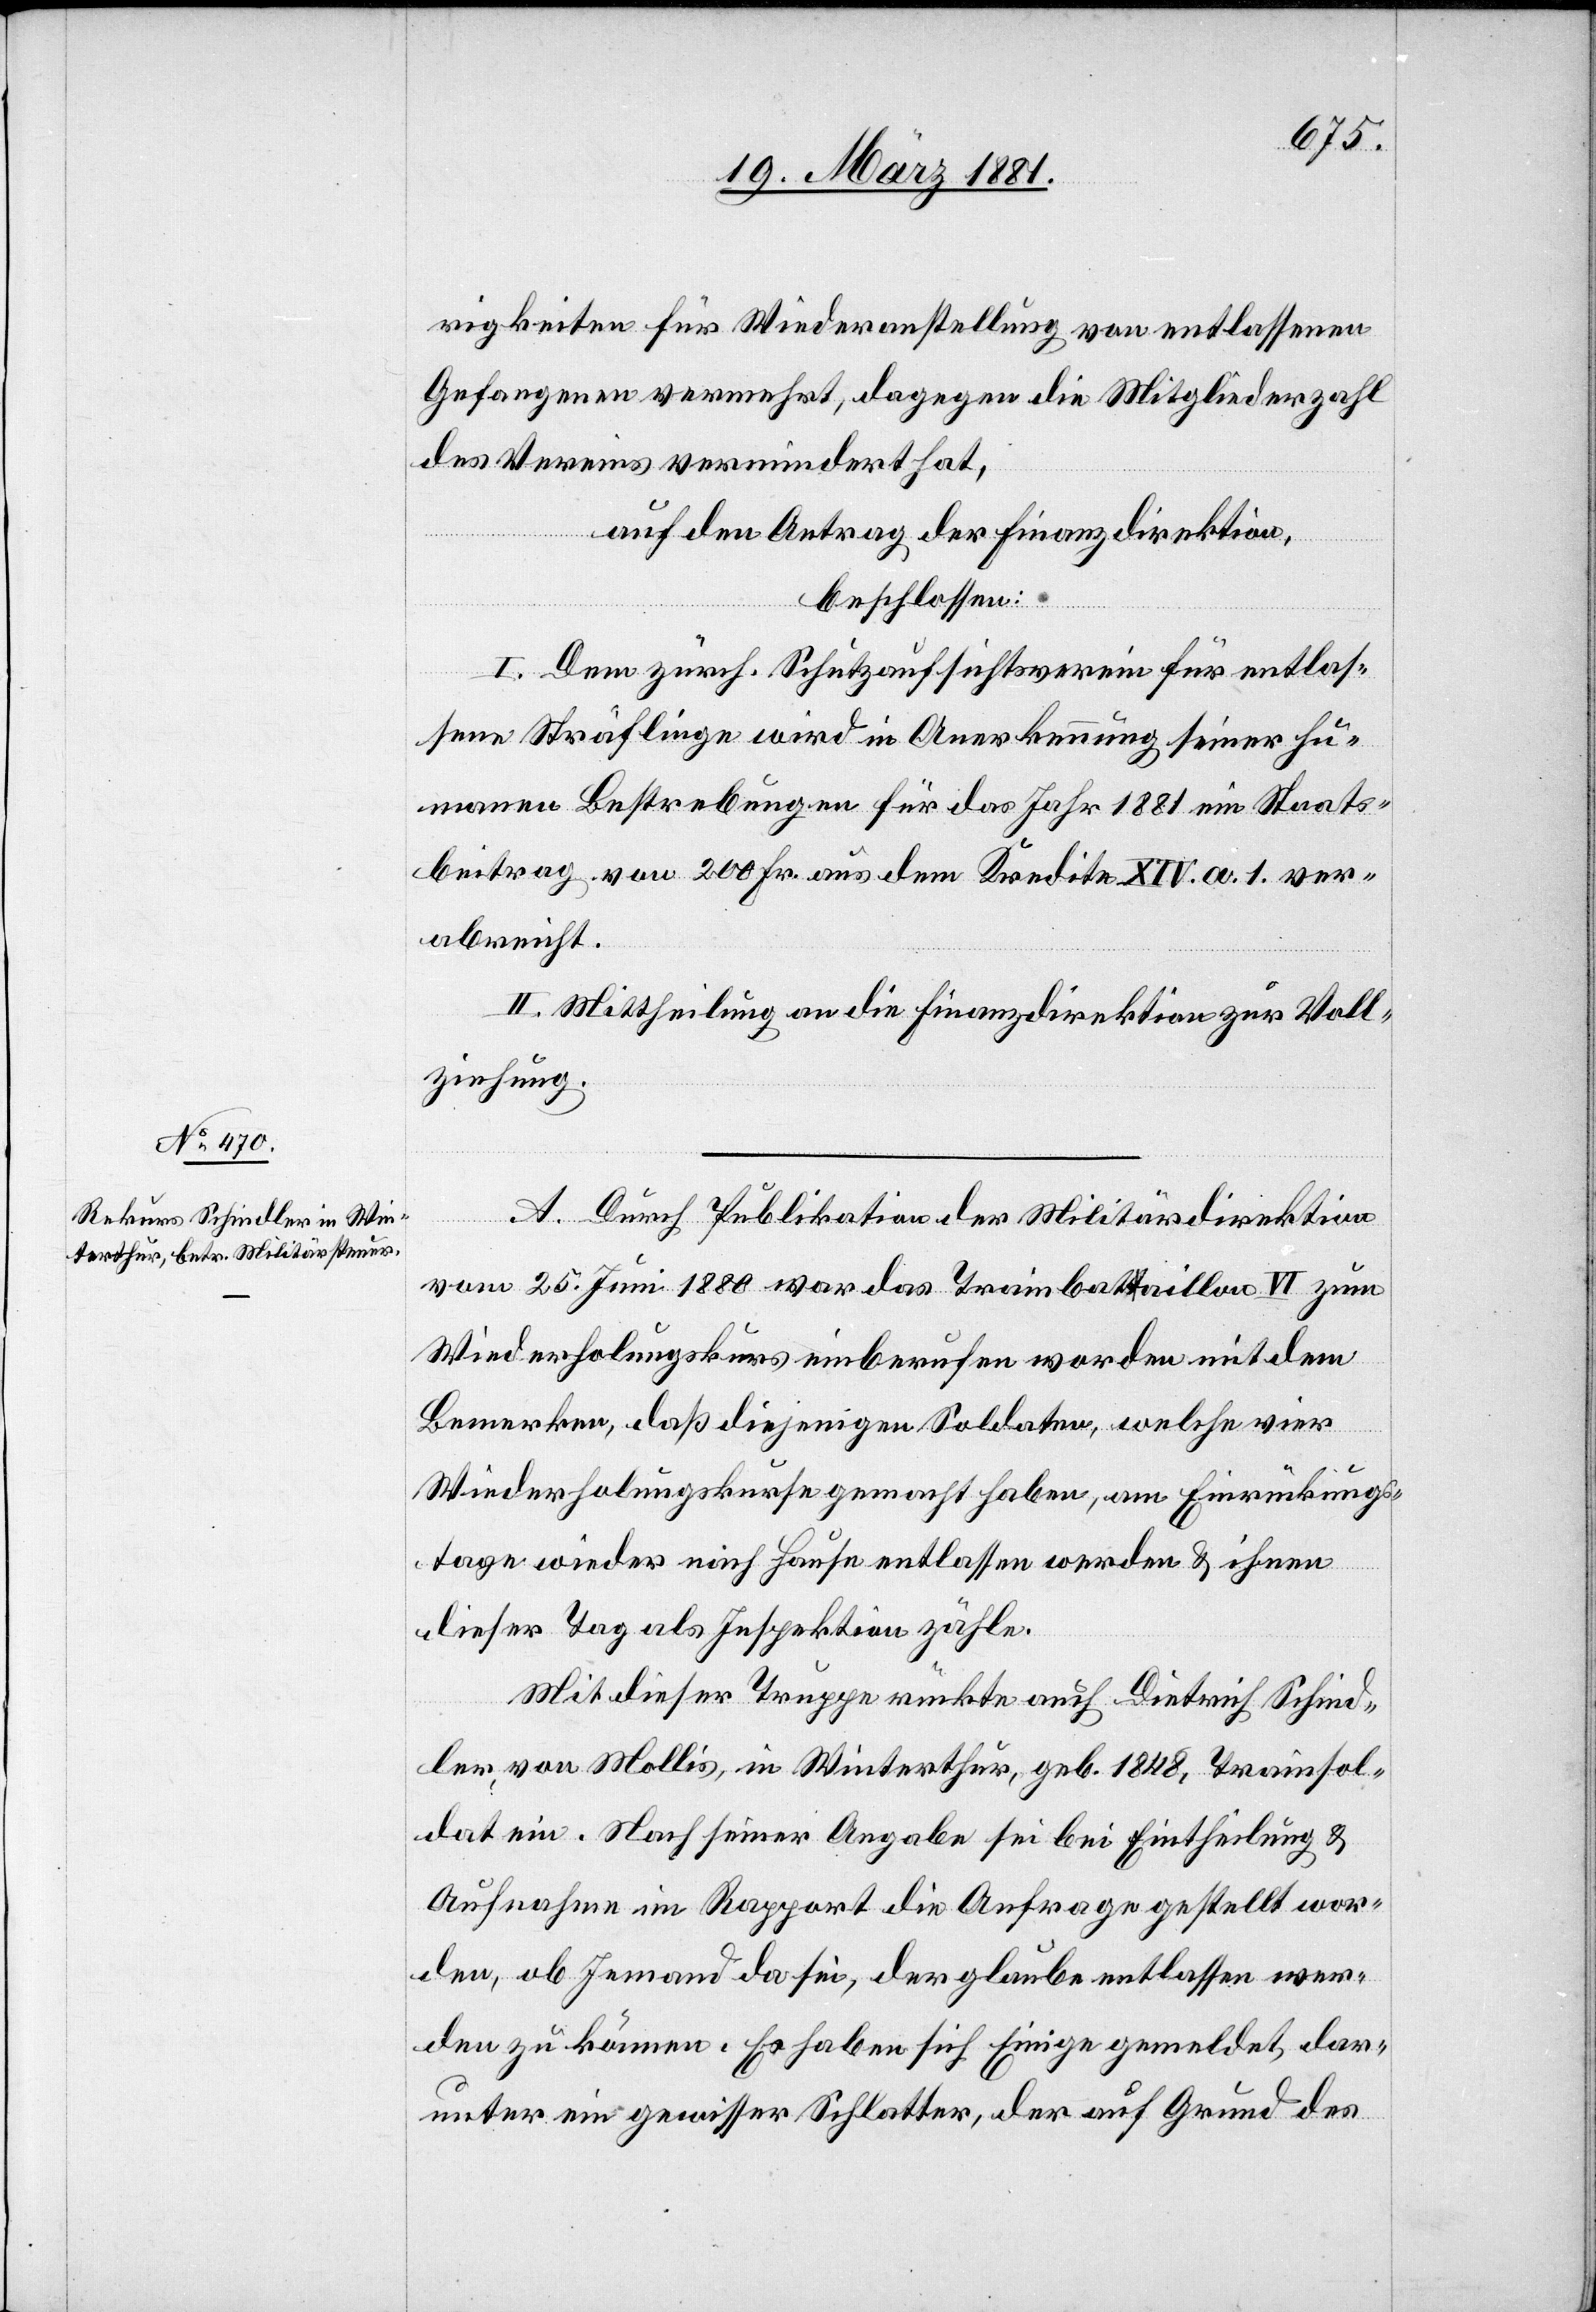
rigkeiten für Wiederanstellung von entlassenen
Gefangenen vermehrt, dagegen die Mitgliederzahl
des Vereins vermindert hat,
auf den Antrag der Finanzdirektion,
beschlossen:
I. Dem zürch. Schutzaufsichtsverein für entlas¬
sene Sträflinge wird in Anerkennung seiner hu¬
manen Bestrebungen für das Jahr 1881 ein Staats¬
beitrag von 200 Fr. aus dem Kredite XIV. a. 1. ver¬
abreicht.
II. Mittheilung an die Finanzdirektion zur Voll¬
ziehung.
A. Durch Publikation der Militärdirektion
vom 25. Juni 1880 war das Trainbataillone VI zum
Wiederholungskurs einberufen worden mit dem
Bemerken, daß diejenigen Soldaten, welche vier
Wiederholungskurse gemacht haben, am Einrückungs¬
tage wieder nach Hause entlassen werden & ihnen
dieser Tag als Inspektion zähle.
Mit dieser Truppe rückte auch Dietrich Schind¬
ler von Millis, in Winterthur, geb. 1848, Trainsol¬
dat ein. Nach seiner Angabe sei bei Eintheilung &
Aufnahme im Rapport die Anfrage gestellt wor¬
den, ob Jemand da sei, der glaube entlassen wer¬
den zu können. Es haben sich Einige gemeldet dar¬
unter ein gewisser Schlatter, der auf Grund des